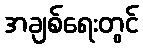
အချစ်ရေးတွင်